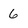
Character: 6